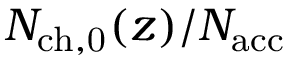
N _ { \mathrm { c h , 0 } } ( z ) / { N _ { \mathrm { a c c } } }